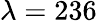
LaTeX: \lambda=236